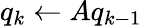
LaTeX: q_{k}\leftarrow Aq_{k-1}